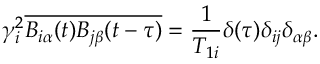
\gamma _ { i } ^ { 2 } \overline { { B _ { i \alpha } ( t ) B _ { j \beta } ( t - \tau ) } } = \frac { 1 } { T _ { 1 i } } \delta ( \tau ) \delta _ { i j } \delta _ { \alpha \beta } .